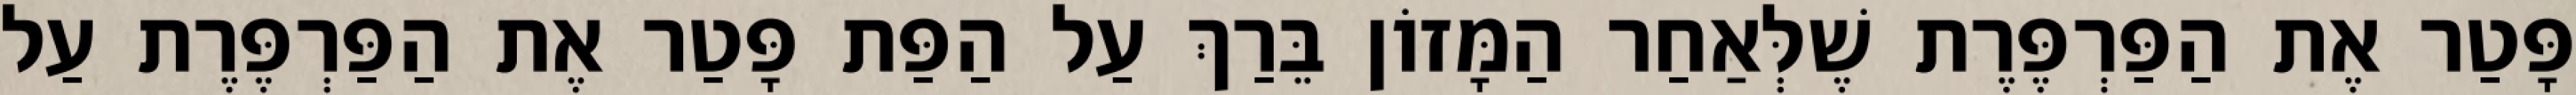
פָּטַר אֶת הַפַּרְפֶּרֶת שֶׁלְּאַחַר הַמָּזוֹן בֵּרַךְ עַל הַפַּת פָּטַר אֶת הַפַּרְפֶּרֶת עַל